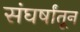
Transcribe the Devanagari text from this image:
संघर्षांतून